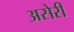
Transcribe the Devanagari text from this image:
असेरी